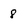
Character: 8